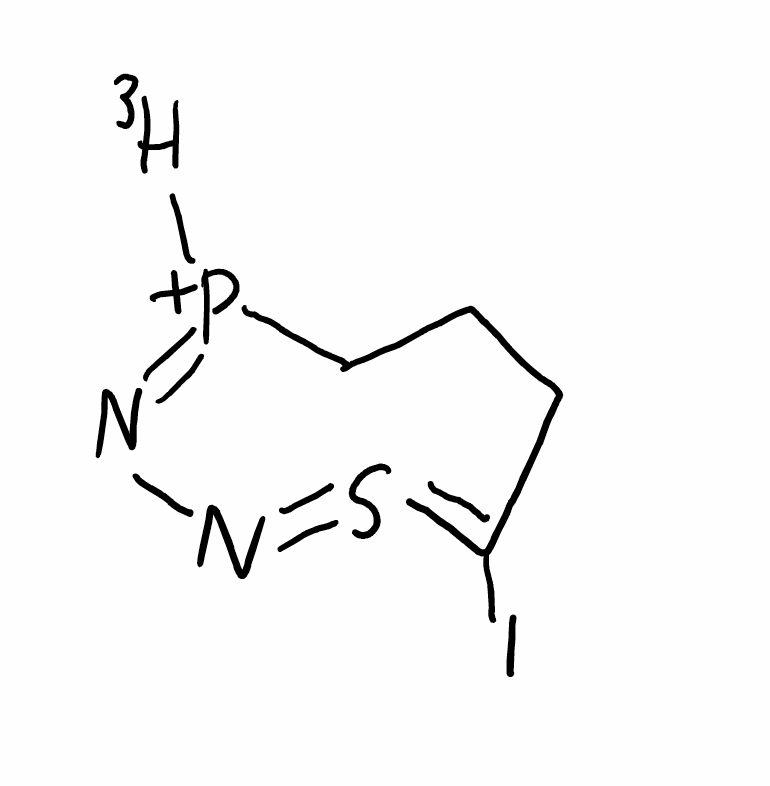
Simplified molecular-input line-entry system (SMILES) notation of the given molecule:
[3H][P+]1=NN=S=C(CCC1)I